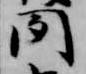
聞